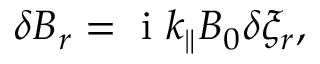
\begin{array} { r } { \delta B _ { r } = \mathrm { ~ i ~ } k _ { \parallel } B _ { 0 } \delta \xi _ { r } , } \end{array}